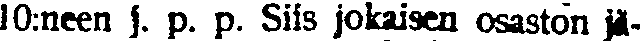
10:neen j. p. p. Siis jokaisen osaston jä-